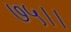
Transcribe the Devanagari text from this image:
७५।।